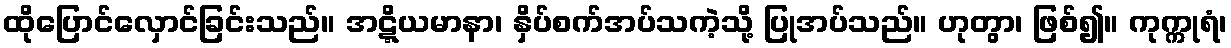
ထိုပြောင်လှောင်ခြင်းသည်။ အဋ္ဋိယမာနာ၊ နှိပ်စက်အပ်သကဲ့သို့ ပြုအပ်သည်။ ဟုတွာ၊ ဖြစ်၍။ ကုက္ကုရံ၊